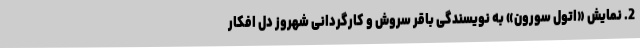
2. نمایش «اتول سورون» به نویسندگی باقر سروش و کارگردانی شهروز دل افکار